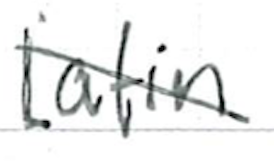
Text: Latin
Cross-out: diagonal
Writing tool: ballpoint